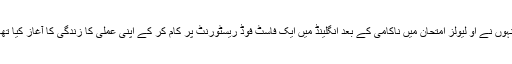
انہوں نے او لیولز امتحان میں ناکامی کے بعد انگلینڈ میں ایک فاسٹ فوڈ ریسٹورنٹ پر کام کر کے اپنی عملی کا زندگی کا آغاز کیا تھا۔